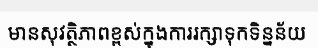
មានសុវត្ថិភាពខ្ពស់ក្នុងការរក្សាទុកទិន្នន័យ